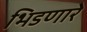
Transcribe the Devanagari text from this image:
भिडणारे